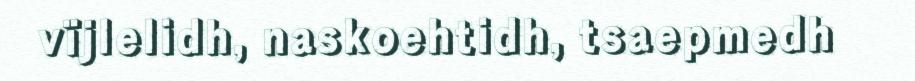
vïjlelidh, naskoehtidh, tsaepmedh